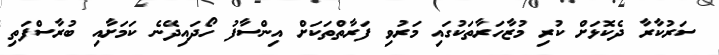
ސަރުކާރާ ދެކޮޅަށް ކުރި މުޒާހަރާތަކުގައި މަރުވި ފަރާތްތަކަށް އިންސާފު ހޯދައިދޭނެ ކަމަށާއި ބުރާސްފަތި